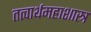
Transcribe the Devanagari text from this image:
तत्वार्थमहाशास्त्र